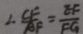
\angle \frac { C F } { A F } = \frac { E F } { F G }